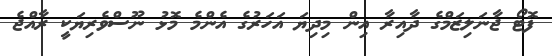
ފޮޓޯ ޖާނަލިޒަމްގެ ދާއިރާ އިން މިދިޔަ އަހަރުގެ އެންމެ މޮޅު ނޫސްވެރިޔަކީ ރާއްޖެ